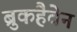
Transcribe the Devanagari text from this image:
ब्रुकहैवेन